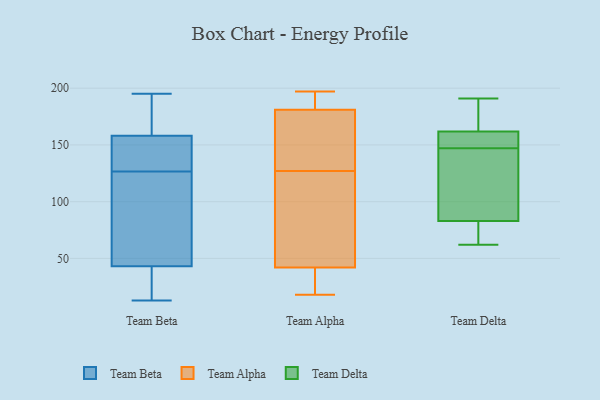
{"axis": {"x": "Conversion Rate (%)", "y": "Value"}, "legend": ["Team Alpha", "Team Beta", "Team Delta"], "data": [{"x": "", "y": 139, "type": "Team Beta"}, {"x": "", "y": 108, "type": "Team Beta"}, {"x": "", "y": 13, "type": "Team Beta"}, {"x": "", "y": 158, "type": "Team Beta"}, {"x": "", "y": 33, "type": "Team Beta"}, {"x": "", "y": 181, "type": "Team Beta"}, {"x": "", "y": 75, "type": "Team Beta"}, {"x": "", "y": 195, "type": "Team Beta"}, {"x": "", "y": 187, "type": "Team Beta"}, {"x": "", "y": 22, "type": "Team Beta"}, {"x": "", "y": 145, "type": "Team Beta"}, {"x": "", "y": 133, "type": "Team Beta"}, {"x": "", "y": 43, "type": "Team Beta"}, {"x": "", "y": 154, "type": "Team Beta"}, {"x": "", "y": 178, "type": "Team Beta"}, {"x": "", "y": 23, "type": "Team Beta"}, {"x": "", "y": 120, "type": "Team Beta"}, {"x": "", "y": 100, "type": "Team Beta"}, {"x": "", "y": 195, "type": "Team Alpha"}, {"x": "", "y": 122, "type": "Team Alpha"}, {"x": "", "y": 83, "type": "Team Alpha"}, {"x": "", "y": 181, "type": "Team Alpha"}, {"x": "", "y": 166, "type": "Team Alpha"}, {"x": "", "y": 36, "type": "Team Alpha"}, {"x": "", "y": 42, "type": "Team Alpha"}, {"x": "", "y": 95, "type": "Team Alpha"}, {"x": "", "y": 156, "type": "Team Alpha"}, {"x": "", "y": 132, "type": "Team Alpha"}, {"x": "", "y": 186, "type": "Team Alpha"}, {"x": "", "y": 33, "type": "Team Alpha"}, {"x": "", "y": 18, "type": "Team Alpha"}, {"x": "", "y": 197, "type": "Team Alpha"}, {"x": "", "y": 160, "type": "Team Delta"}, {"x": "", "y": 147, "type": "Team Delta"}, {"x": "", "y": 160, "type": "Team Delta"}, {"x": "", "y": 158, "type": "Team Delta"}, {"x": "", "y": 84, "type": "Team Delta"}, {"x": "", "y": 170, "type": "Team Delta"}, {"x": "", "y": 79, "type": "Team Delta"}, {"x": "", "y": 144, "type": "Team Delta"}, {"x": "", "y": 98, "type": "Team Delta"}, {"x": "", "y": 77, "type": "Team Delta"}, {"x": "", "y": 191, "type": "Team Delta"}, {"x": "", "y": 80, "type": "Team Delta"}, {"x": "", "y": 154, "type": "Team Delta"}, {"x": "", "y": 188, "type": "Team Delta"}, {"x": "", "y": 167, "type": "Team Delta"}, {"x": "", "y": 135, "type": "Team Delta"}, {"x": "", "y": 62, "type": "Team Delta"}]}